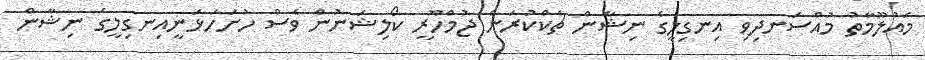
މައުލޫމާތު މުއްސަނދިވި އިނގިލީގެ ނިޝާން ޗެކްކުރަން ޖުމްހޫރީ ކޯލިޝަނުން ވެސް ހުށަހަޅަނީއިނގިލީގެ ނިޝާން